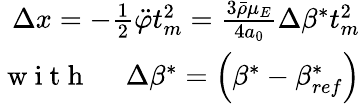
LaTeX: \begin{array}{r}{\Delta x=-\frac 12\ddot{\varphi}t_{m}^{2}=\frac{3\bar{\rho}\mu_{E}}{4a_{0}}\Delta\beta^{*}t_{m}^{2}}\\ {\mathrm{~w~i~t~h~\quad~}\Delta\beta^{*}=\left(\beta^{*}-\beta_{ref}^{*}\right)}\end{array}